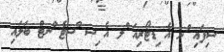
ސިފައި ްނ އެ ިޑޓޯރިއަ ްލ އެ ިސ ްސޓެ ްނޓް ބަލައި